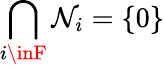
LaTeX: \bigcap_{i\inF}\mathcal{N}_{i}=\{ 0\}